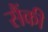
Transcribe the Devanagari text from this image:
सैंकी